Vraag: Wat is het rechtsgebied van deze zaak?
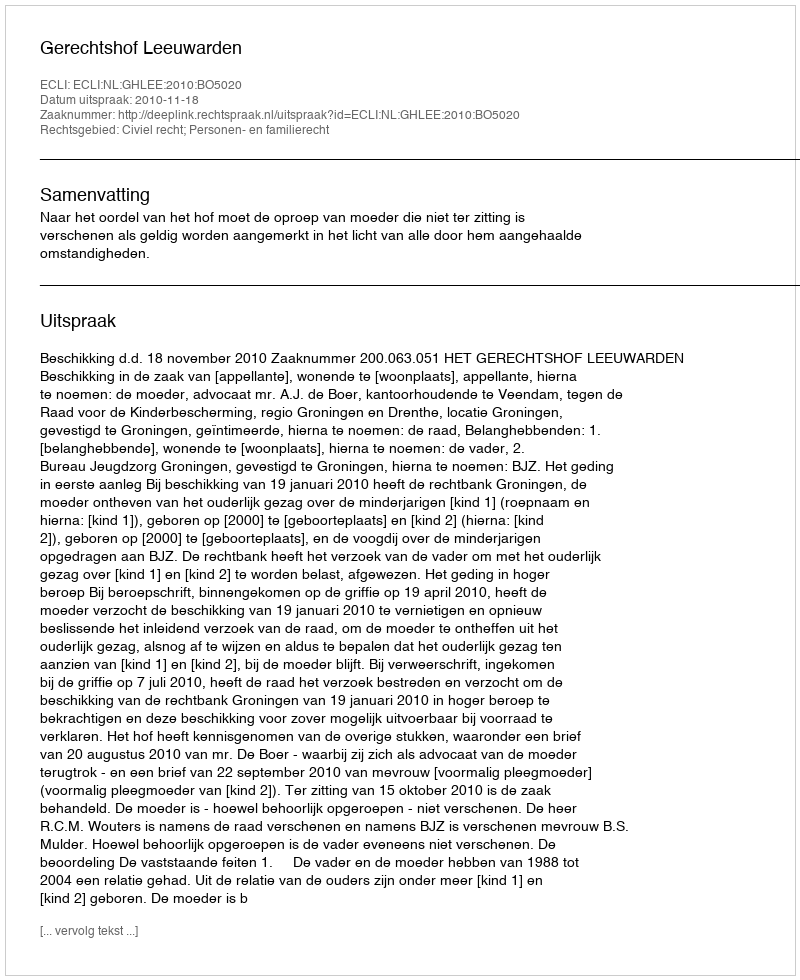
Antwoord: Civiel recht; Personen- en familierecht